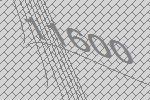
11600